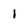
Character: 1